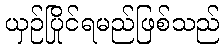
ယှဉ်ပြိုင်ရမည်ဖြစ်သည်